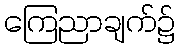
ကြေညာချက်၌